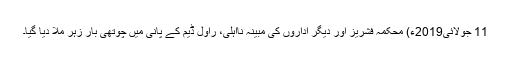
11 جولائی2019ء) محکمہ فشریز اور دیگر اداروں کی مبینہ نااہلی، راول ڈیم کے پانی میں چوتھی بار زہر ملا دیا گیا۔